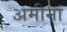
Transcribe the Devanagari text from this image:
अमीनां